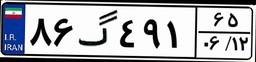
۸۶گ۴۹۱۶۵